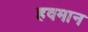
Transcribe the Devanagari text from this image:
हवमान